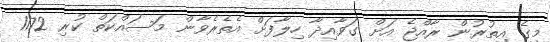
މީގެ އިތުރުން ރާއްޖެ އަށް ގަވާއިދާ ހިލާފަށް އެތެރެވާން މަސައްކަތް ކުރި 1172